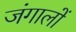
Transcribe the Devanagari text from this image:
जंगालों